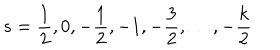
s = \frac { 1 } { 2 } , 0 , - \frac { 1 } { 2 } , - 1 , - \frac { 3 } { 2 } , \ldots , - \frac { k } { 2 }